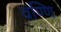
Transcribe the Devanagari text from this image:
वण्णि